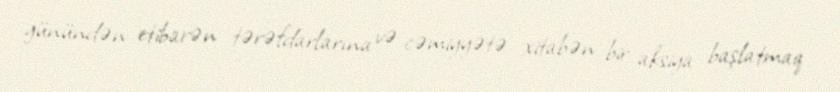
günündən etibarən tərəfdarlarına və cəmiyyətə xitabən bir aksiya başlatmaq